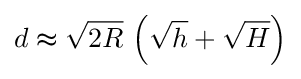
d\thickapprox {\sqrt {2R}}\,\left({\sqrt {h}}+{\sqrt {H}}\right)